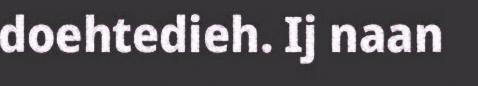
doehtedieh. Ij naan